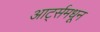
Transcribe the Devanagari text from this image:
आर्ट्समधून